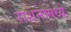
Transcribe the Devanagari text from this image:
राशनामध्ये